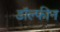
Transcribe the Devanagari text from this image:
डॉल्‍फीन